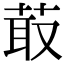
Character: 菆